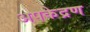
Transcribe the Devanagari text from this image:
अपकेद्रण